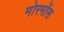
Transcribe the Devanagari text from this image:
मोरमोंस